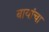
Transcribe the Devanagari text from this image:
बायांचा